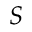
{ \cal S }